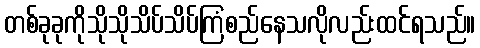
တစ်ခုခုကိုသိုသိုသိပ်သိပ်ကြံစည်နေသလိုလည်းထင်ရသည်။